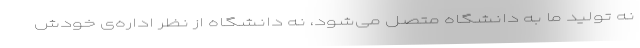
نه تولید ما به دانشگاه متصل می‌شود، نه دانشگاه از نظر اداره‌‌ی خودش